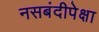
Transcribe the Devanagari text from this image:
नसबंदीपेक्षा